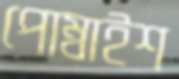
পোম্বাইশ